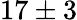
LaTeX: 17\pm 3